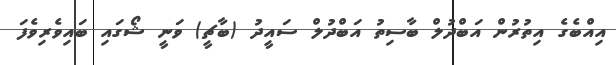
އިއްބެގެ އިތުރުން އަބްދުލް ބާސިތު އަބްދުލް ސައީދު (ބާޗީ) ވަނީ ޝޯގައި ބައިވެރިވެފަ